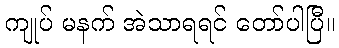
ကျုပ် မနက် အဲသာရရင် တော်ပါပြီ။